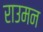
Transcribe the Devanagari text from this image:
राउमन